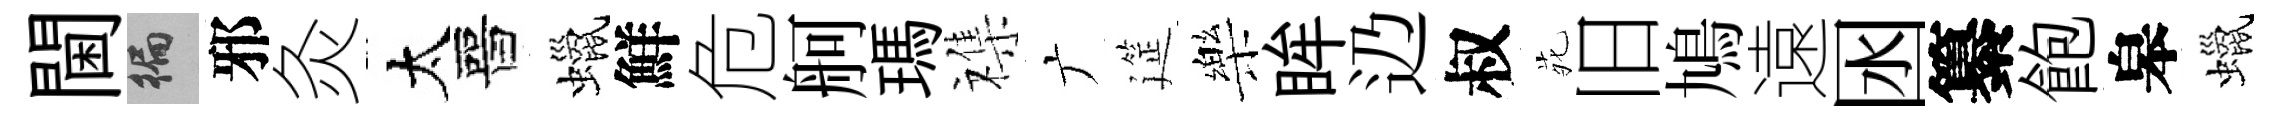
閫徧邪灸太晉蠟鮮危舸瑪襍广筵樂眸辸叔𫟍旧鳩遠囦纂飽皋蠟